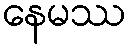
နေမဿ